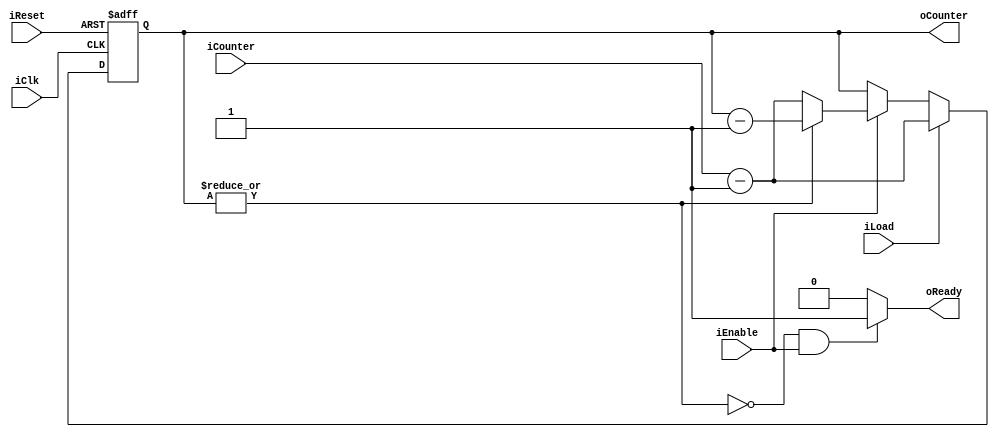
module Counter (
	// System
	input  iReset,
	input  iClk,

	input  iLoad,
	input  iEnable,
	input  [WORDSIZE-1:0] iCounter,
	output [WORDSIZE-1:0] oCounter,

	output oReady
);

parameter WORDSIZE = 8;

wire wZeroCount;

reg [WORDSIZE-1:0] rCounter;

always @ (posedge iReset or posedge iClk)
begin
	if(iReset) // Asynchronous Reset
		rCounter <= 0;
	else
	begin
		if(iLoad)
			rCounter <= iCounter - 1'b1;
		else
		begin
			if(iEnable)
			begin
				if(!wZeroCount)
					rCounter <= rCounter - 1'b1;
				else
					rCounter <= iCounter - 1'b1;
			end
		end
	end
end

assign wZeroCount = ~|rCounter; // Counter == 0

assign oReady   = (wZeroCount && iEnable)? 1'b1: 1'b0;
assign oCounter = rCounter;

endmodule